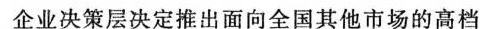
企业决策层决定推出面向全国其他市场的高档